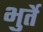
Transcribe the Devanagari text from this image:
भुर्ते